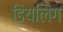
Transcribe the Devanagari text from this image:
डियलिंग